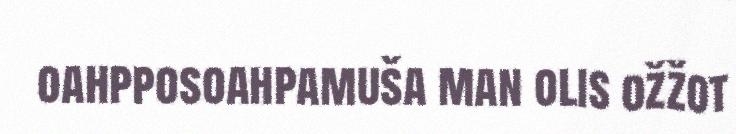
oahpposoahpamuša man olis ožžot